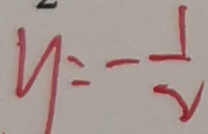
y = - \frac { 1 } { 2 }